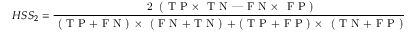
H S S _ { 2 } = \frac { \textnormal { 2 \cdot ( T P \times { } T N --- F N \times { } F P ) } } { \textnormal { ( T P + F N ) \times { } ( F N + T N ) + ( T P + F P ) \times { } ( T N + F P ) } } ,